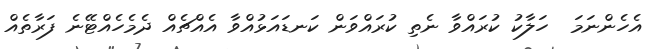
އެހެންނަމަ  ހަލާކު ކުރައްވާ ނެތި ކުރައްވަން ކަނޑައަޅުއްވާ އެއްޗެއް ދެމެހެއްޓޭނެ ފަރާތެއް